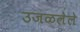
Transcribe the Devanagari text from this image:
उजळलेले